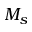
M _ { s }